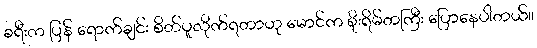
ခရီးက ပြန် ရောက်ချင်း စိတ်ပူလိုက်ရတာဟု မောင်က စိုးရိမ်တကြီး ပြောနေပါတယ်။